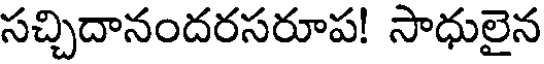
సచ్చిదానందరసరూప! సాధులైన